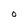
Character: O